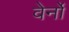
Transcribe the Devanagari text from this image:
वेर्नों